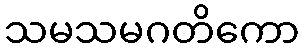
သမသမဂတိကော